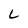
Character: L